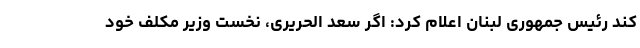
کند رئیس جمهوری لبنان اعلام کرد: اگر سعد الحریری، نخست وزیر مکلف خود